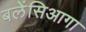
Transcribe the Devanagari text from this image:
बलेंसिआगा